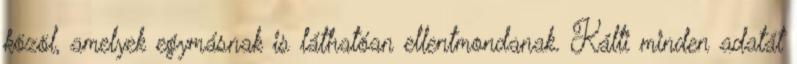
közöl, amelyek egymásnak is láthatóan ellentmondanak. Kálti minden adatát